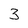
Character: 3